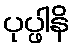
ပုပ္ဖါနိ